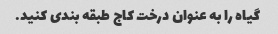
گیاه را به عنوان درخت کاج طبقه بندی کنید.